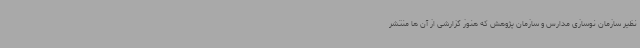
نظیر سازمان نوسازی مدارس و سازمان پژوهش که هنوز گزارشی از آن ها منتشر